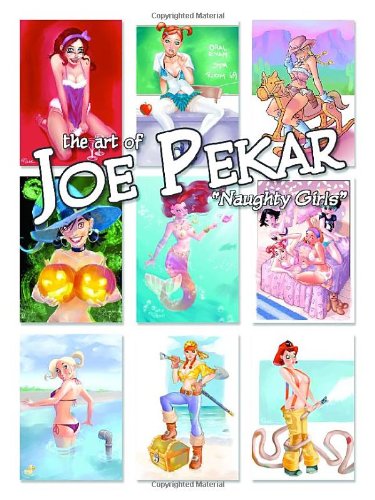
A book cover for The Art of Joe Pekar: Naughty Girls Hardcover Ed; Joe Pekar; Arts & Photography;